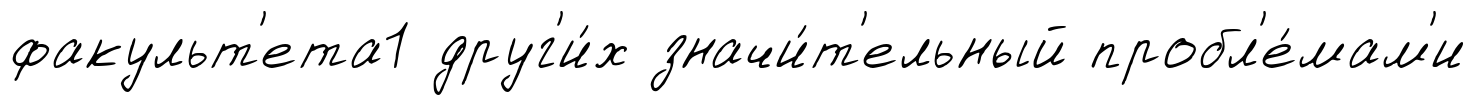
факульт'ета1 друг'и́х значи́т'ельный пробл'е́мам'и